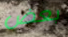
بعض